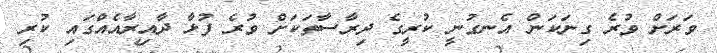
ވަރަށް ވުރެ ގިނަކަން އެނގުނީ ކުރީގެ ދިރާސާތަކަށް ވުރެ ފުޅާ ދާއިރާއެއްގައި ކުރި